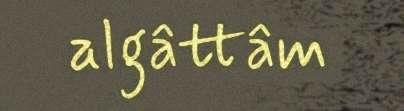
algâttâm